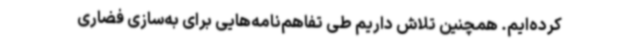
کرده‌ایم. همچنین تلاش داریم طی تفاهم‌نامه‌هایی برای به‌سازی فضاری